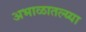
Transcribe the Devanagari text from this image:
अभाळातल्य्या